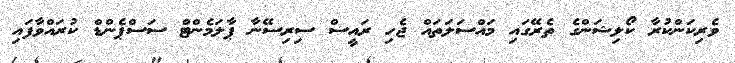
ވެރިކަންކުރާ ކޯލިޝަންގެ ތެރޭގައި މައްސަލަތައް ޖެހި ރައީސް ސިރިސޭނާ ޕާލަމެންޓް ސަސްޕެންޑް ކުރައްވާފައި